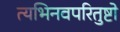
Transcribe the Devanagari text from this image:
त्यभिनवपरितुष्टो